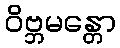
ဝိဗ္ဘမန္တော